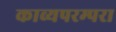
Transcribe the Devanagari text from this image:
काव्यपरम्परा